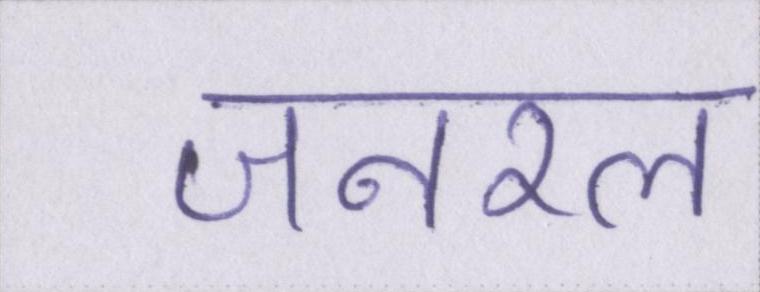
जनरल